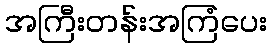
အကြီးတန်းအကြံပေး